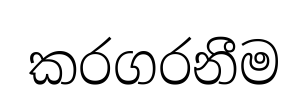
කරගරනීම